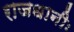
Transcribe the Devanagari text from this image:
राजधानीः